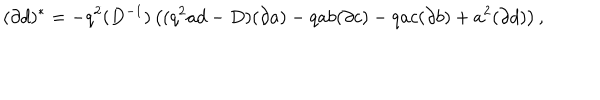
LaTeX: ( \partial d ) ^ { * } = - q ^ { 2 } ( D ^ { - 1 } ) \left( ( q ^ { 2 } a d - D ) ( \partial a ) - q a b ( \partial c ) - q a c ( \partial b ) + a ^ { 2 } ( \partial d ) \right) ,